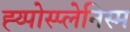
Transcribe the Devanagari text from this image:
ह्य्पोस्प्लेनिस्म